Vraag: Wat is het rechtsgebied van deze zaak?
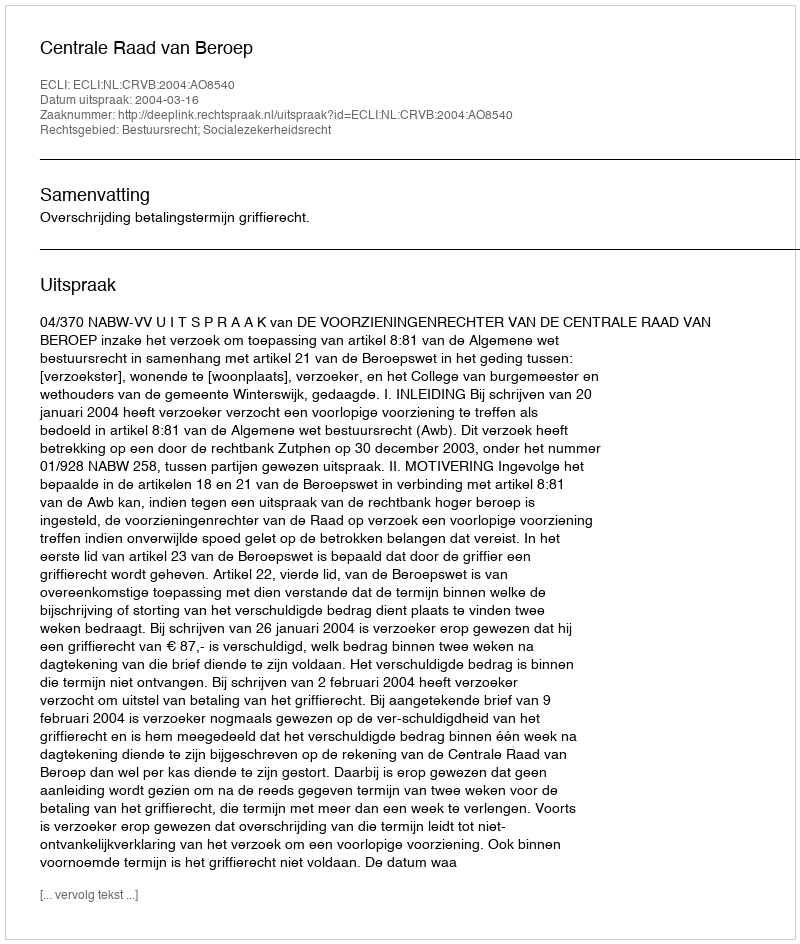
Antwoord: Bestuursrecht; Socialezekerheidsrecht